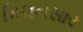
મિલનસાર